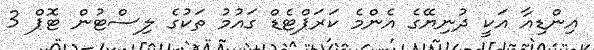
އިންޑިއާ އަކީ ދުނިޔޭގެ އެންމެ ކަރަޕްޓެޑް ގައުމު ތަކުގެ ލިސްޓުން ޓޮޕް 3